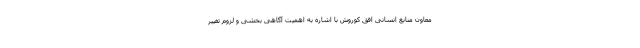
معاون منابع انسانی افق کوروش با اشاره به اهمیت آگاهی بخشی و لزوم تغییر